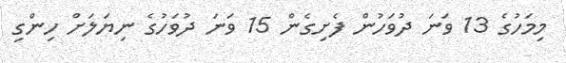
މިމަހުގެ 13 ވަނަ ދުވަހުން ފެށިގެން 15 ވަނަ ދުވަހުގެ ނިޔަލަށް ހިންގި